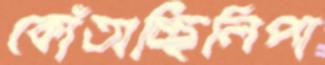
কোঁতাচ্ছিলিপা